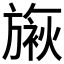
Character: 𬀓